system: You are a helpful assistant.
user:
Analyze the provided spectrum to determine if it is a **White Dwarf (WD)**.

A White Dwarf spectrum is defined by its **extreme purity** (due to gravitational settling) and/or **extreme pressure broadening** (due to high surface gravity). You must check for one of the following mutually exclusive signatures:

- **Key Visual Indicators (Check for ONE of these types):**

    - **1. DA-Type Signature (Most Common):**
        - **(Primary Feature):** Extreme pressure broadening (Stark broadening) of the **Hydrogen (H) Balmer lines**.
        - **(Key Lines):** $H\beta$ (approx. $4861$ Å) and $H\gamma$ (approx. $4340$ Å). $H\alpha$ (approx. $6563$ Å) will also be present if the wavelength range covers it.
        - **(Line Profile):** This is the **defining feature**. The lines are **NOT** sharp. They appear as massive, **extremely broad and deep "troughs" or "dips"** in the spectrum, often hundreds of Ångströms wide. The continuum will appear to "scoop" down at these wavelengths.
        - **(Distinction):** Normal A-type or B-type stars have *narrow* and *sharp* Hydrogen lines. A DA White Dwarf's lines are unmistakably "smeared" or "blurry" from pressure.

    - **2. DB-Type Signature:**
        - **(Primary Feature):** Broad absorption lines from **Neutral Helium (He I)**. The spectrum must lack any visible Hydrogen lines.
        - **(Key Lines):** Look for broad absorption near $4471$ Å, $4921$ Å, and $5876$ Å.
        - **(Line Profile):** These lines are also significantly pressure-broadened, appearing much wider than they would in a normal B-type main-sequence star.

    - **3. DC-Type Signature:**
        - **(Primary Feature):** A **featureless continuous spectrum**.
        - **(Line Profile):** The spectrum is a smooth curve with **no significant absorption or emission lines**.
        - **(Key Confirmation):** The continuum is almost always **blue or white**, indicating a hot object. This signature implies the atmosphere is so pure (or so cool) that no spectral lines are visible in the optical range. Its WD identity is confirmed by its extremely low intrinsic brightness (high absolute magnitude).

    - **4. DZ-Type Signature (Metal-Polluted):**
        - **(Primary Feature):** **Isolated, narrow metal absorption lines** on an otherwise featureless (DC-like) continuum.
        - **(Key Lines):** The **Calcium (Ca II) H & K doublet** (approx. **$3934$ Å** and **$3968$ Å**) is the most common and defining feature.
        - **(Line Profile):** These lines are "out of place." They are *not* part of a "forest" of thousands of lines. This signature is evidence of recent *accretion* (pollution) from rocky debris.
        - **(Distinction):** Normal G/K/M stars have a *dense forest* of thousands of metal lines. A DZ has a *clean* continuum with *only a few* strong metal lines.

    - **5. DQ-Type Signature (Carbon-Polluted):**
        - **(Primary Feature):** Absorption bands from **Carbon (C₂ "Swan Bands" or atomic C I)**.
        - **(Key Lines - C₂):** Look for bandheads with a "saw-tooth" shape near $5635$ Å, **$5165$ Å** (strongest), and $4737$ Å.
        - **(Key Confirmation):** The underlying **continuum must be blue or white** (hot).
        - **(Distinction):** This is the critical difference from a **Carbon Star**, which has the *exact same* C₂ bands but on an extremely **red, cool** continuum.

- **(Overall Spectrum):**
    - The continuum (overall shape) is typically **blue-sloping** (brighter in the blue than the red), as most white dwarfs are very hot.
    - The spectrum will look "pure" or "simple," dominated by only *one* of the five signatures listed above.

Think first, call **spectral_visualization_tool** if needed to examine features in detail, then provide your final answer. Your response must adhere to the following strict rules:
1.  **Overall Structure:** Your response must follow the format `<think>...</think> <tool_call>...</tool_call> (if a tool is used) <answer>...</answer>`.
2.  **Tool Usage Constraint:** You may only make **one** tool call per turn.
3.  **Final Answer Format:** In the `<answer>` tag, your conclusion must be inside a `\boxed{}` command (e.g., `\boxed{YES}` or `\boxed{NO}`), followed by your justification.

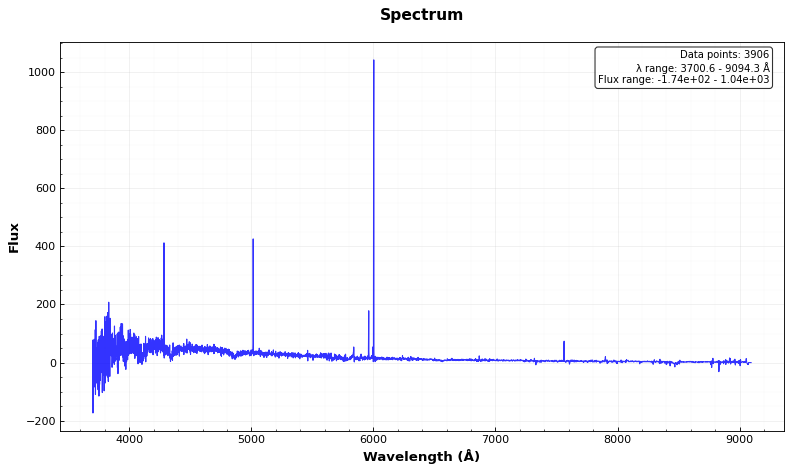
Answer: YES